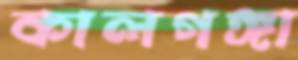
কালগঙ্গা